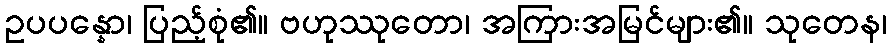
ဥပပန္နော၊ ပြည့်စုံ၏။ ဗဟုဿုတော၊ အကြားအမြင်များ၏။ သုတေန၊